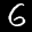
Label: 6